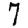
Digit: 7